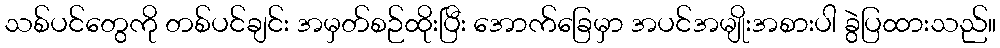
သစ်ပင်တွေကို တစ်ပင်ချင်း အမှတ်စဉ်ထိုးပြီး အောက်ခြေမှာ အပင်အမျိုးအစားပါ ခွဲပြထားသည်။